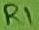
Text: R1